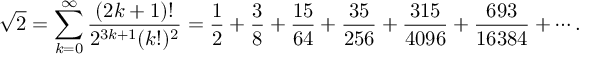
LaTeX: { \sqrt { 2 } } = \sum _ { k = 0 } ^ { \infty } { \frac { ( 2 k + 1 ) ! } { 2 ^ { 3 k + 1 } ( k ! ) ^ { 2 } } } = { \frac { 1 } { 2 } } + { \frac { 3 } { 8 } } + { \frac { 1 5 } { 6 4 } } + { \frac { 3 5 } { 2 5 6 } } + { \frac { 3 1 5 } { 4 0 9 6 } } + { \frac { 6 9 3 } { 1 6 3 8 4 } } + \cdots .